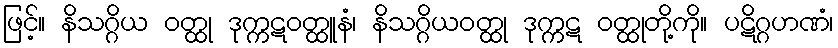
ဖြင့်။ နိသဂ္ဂိယ ဝတ္ထု ဒုက္ကဋဝတ္ထူနံ၊ နိသဂ္ဂိယဝတ္ထု ဒုက္ကဋ ဝတ္ထုတို့ကို။ ပဋိဂ္ဂဟဏံ၊